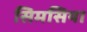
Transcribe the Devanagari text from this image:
सिमसिया